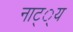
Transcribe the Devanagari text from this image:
नाट््य